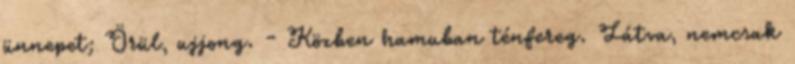
ünnepet; Örül, ujjong. - Közben hamuban ténfereg. Látva, nemcsak